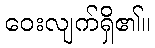
ဝေးလျက်ရှိ၏။